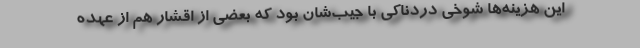
این هزینه‌ها شوخی دردناکی با جیب‌شان بود که بعضی از اقشار هم از عهده